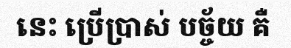
នេះ ប្រើប្រាស់ បច្ច័យ គឺ